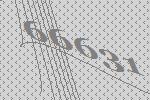
66631